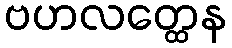
ဗဟလတ္ထေန